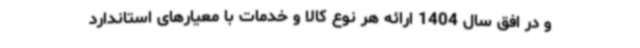
و در افق سال 1404 ارائه هر نوع کالا و خدمات با معیارهای استاندارد